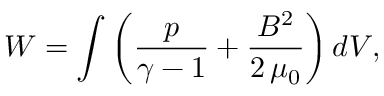
W = \int \left( \frac { p } { \gamma - 1 } + \frac { B ^ { 2 } } { 2 \, \mu _ { 0 } } \right) d V ,